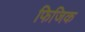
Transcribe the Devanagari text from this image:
फिजिक